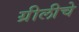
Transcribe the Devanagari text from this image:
ग्रीलीचे